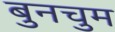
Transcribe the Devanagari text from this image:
बुनचुम